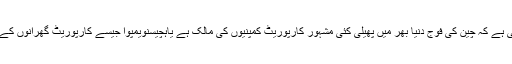
چین کے کمیونزم کا سچ یہی ہے کہ چین کی فوج دنیا بھر میں پھیلی کئی مشہور کارپوریٹ کمپنیوں کی مالک ہے یاہچیسنویمپوا جیسے کارپوریٹ گھرانوں کے ساتھ مل کر کام کرتی ہے۔